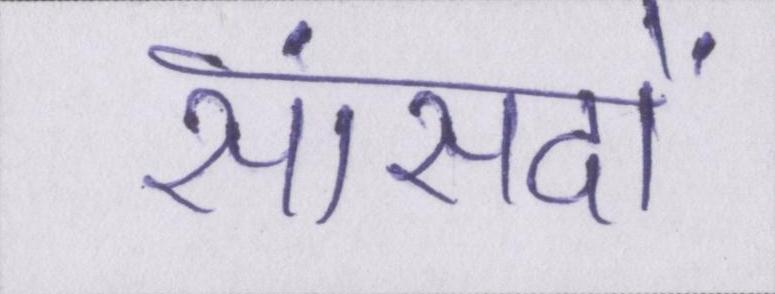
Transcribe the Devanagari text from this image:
सांसदों